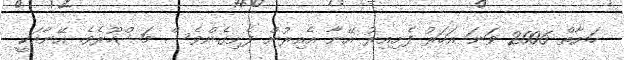
ހަޔާތް 2006 ވަނަ އަހަރު ފެށިއިރު އޭނާ އެއިރުން ފެށިގެންވެސް މަޝްހޫރެވެ. އޭނާއަކީ